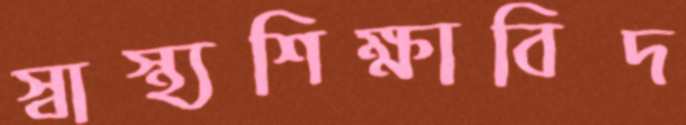
স্বাস্থ্যশিক্ষাবিদ